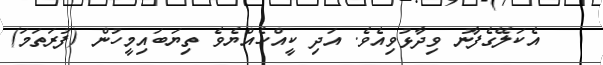
އެކަލޭގެފާނު ވިދާޅުވިއެވެ. އަދި ކީއްހެއްޔެވެ ތިޔަބައިމީހުން (ފުރަތަމަ)